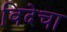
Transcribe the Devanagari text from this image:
विदेचा